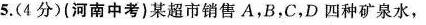
5.(4分)(河南中考)某超市销售A，B，C，D四种矿泉水，